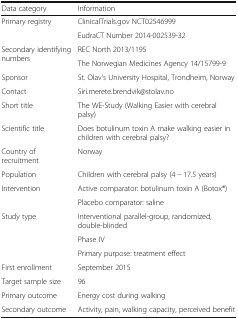
<table><thead><tr><td><b>Data category</b></td><td><b>Information</b></td></tr></thead><tbody><tr><td rowspan="2">Primary registry</td><td>ClinicalTrials.gov NCT02546999</td></tr><tr><td>EudraCT Number 2014-002539-32</td></tr><tr><td rowspan="2">Secondary identifying numbers</td><td>REC North 2013/1195</td></tr><tr><td>The Norwegian Medicines Agency 14/15799-9</td></tr><tr><td>Sponsor</td><td>St. Olav’s University Hospital, Trondheim, Norway</td></tr><tr><td>Contact</td><td>Siri.merete.brendvik@stolav.no</td></tr><tr><td>Short title</td><td>The WE-Study (Walking Easier with cerebral palsy)</td></tr><tr><td>Scientific title</td><td>Does botulinum toxin A make walking easier in children with cerebral palsy?</td></tr><tr><td>Country of recruitment</td><td>Norway</td></tr><tr><td>Population</td><td>Children with cerebral palsy (4 − 17.5 years)</td></tr><tr><td rowspan="2">Intervention</td><td>Active comparator: botulinum toxin A (Botox®)</td></tr><tr><td>Placebo comparator: saline</td></tr><tr><td rowspan="3">Study type</td><td>Interventional parallel-group, randomized, double-blinded</td></tr><tr><td>Phase IV</td></tr><tr><td>Primary purpose: treatment effect</td></tr><tr><td>First enrollment</td><td>September 2015</td></tr><tr><td>Target sample size</td><td>96</td></tr><tr><td>Primary outcome</td><td>Energy cost during walking</td></tr><tr><td>Secondary outcome</td><td>Activity, pain, walking capacity, perceived benefit</td></tr></tbody></table>